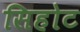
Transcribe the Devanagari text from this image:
सिहोट